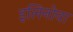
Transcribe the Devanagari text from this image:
इलिनोवा